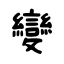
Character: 變